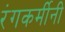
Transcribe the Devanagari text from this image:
रंगकर्मीनी